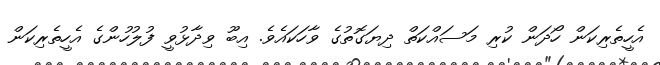
އެހީތެރިކަން ހޯދަން ކުރި މަސައްކަތް ދިޔަގޮތުގެ ވާހަކައެވެ. އިބޫ ވިދާޅުވީ ފުލުހުންގެ އެހީތެރިކަން